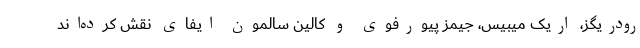
رودریگز، اریک میبیس، جیمز پیورفوی و کالین سالمون ایفای نقش کرده‌اند